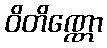
ဝိတိဏ္ဏော